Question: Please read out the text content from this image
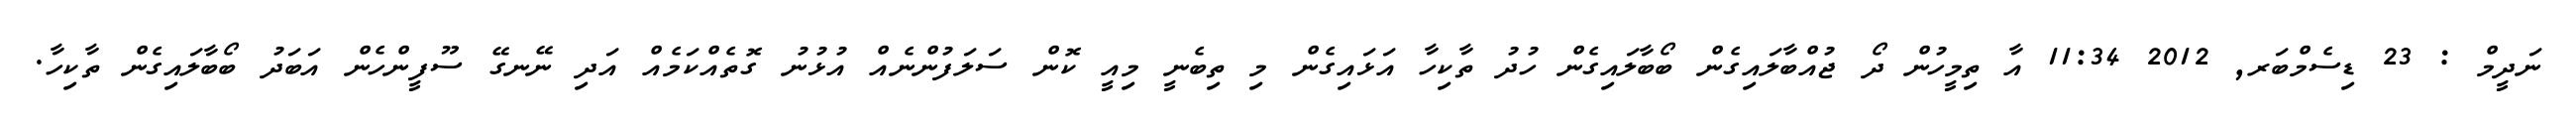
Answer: ނަދީމް : 23 ޑިސެމްބަރ, 2012 11:34 އާ ތިމީހުން ދޯ ޖުއްބާލައިގެން ބޯބާލައިގެން ހުދު ތާކިހާ އަޅައިގެން މި ތިބެނީ މިއީ ކޮން ސަލަފުންނެއް އުޅުނު ގޮތެއްކަމެއް އަދި ނޭނގޭ ސޫފީންހެން އަބަދު ބޯބާލައިގެން ތާކިހާ.